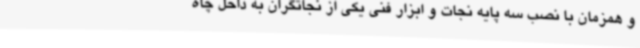
و همزمان با نصب سه پایه نجات و ابزار فنی یکی از نجاتگران به داخل چاه